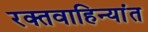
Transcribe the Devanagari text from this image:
रक्तवाहिन्यांत